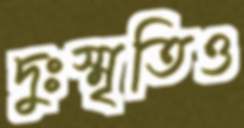
দুঃস্মৃতিও